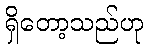
ရှိတော့သည်ဟု